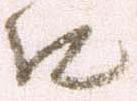
口